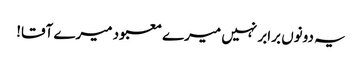
یہ دونوں برابر نہیں میرے معبود میرے آقا!